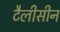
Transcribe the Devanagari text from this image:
टैलीसीन